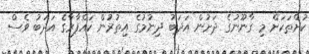
ކުށްތަކަށް މި ގާނޫނުގެ ދަށުން އަދަބު ދިނުމުގެ އިތުރުން ކައްފާރާގެ އަދަބު ވެސް